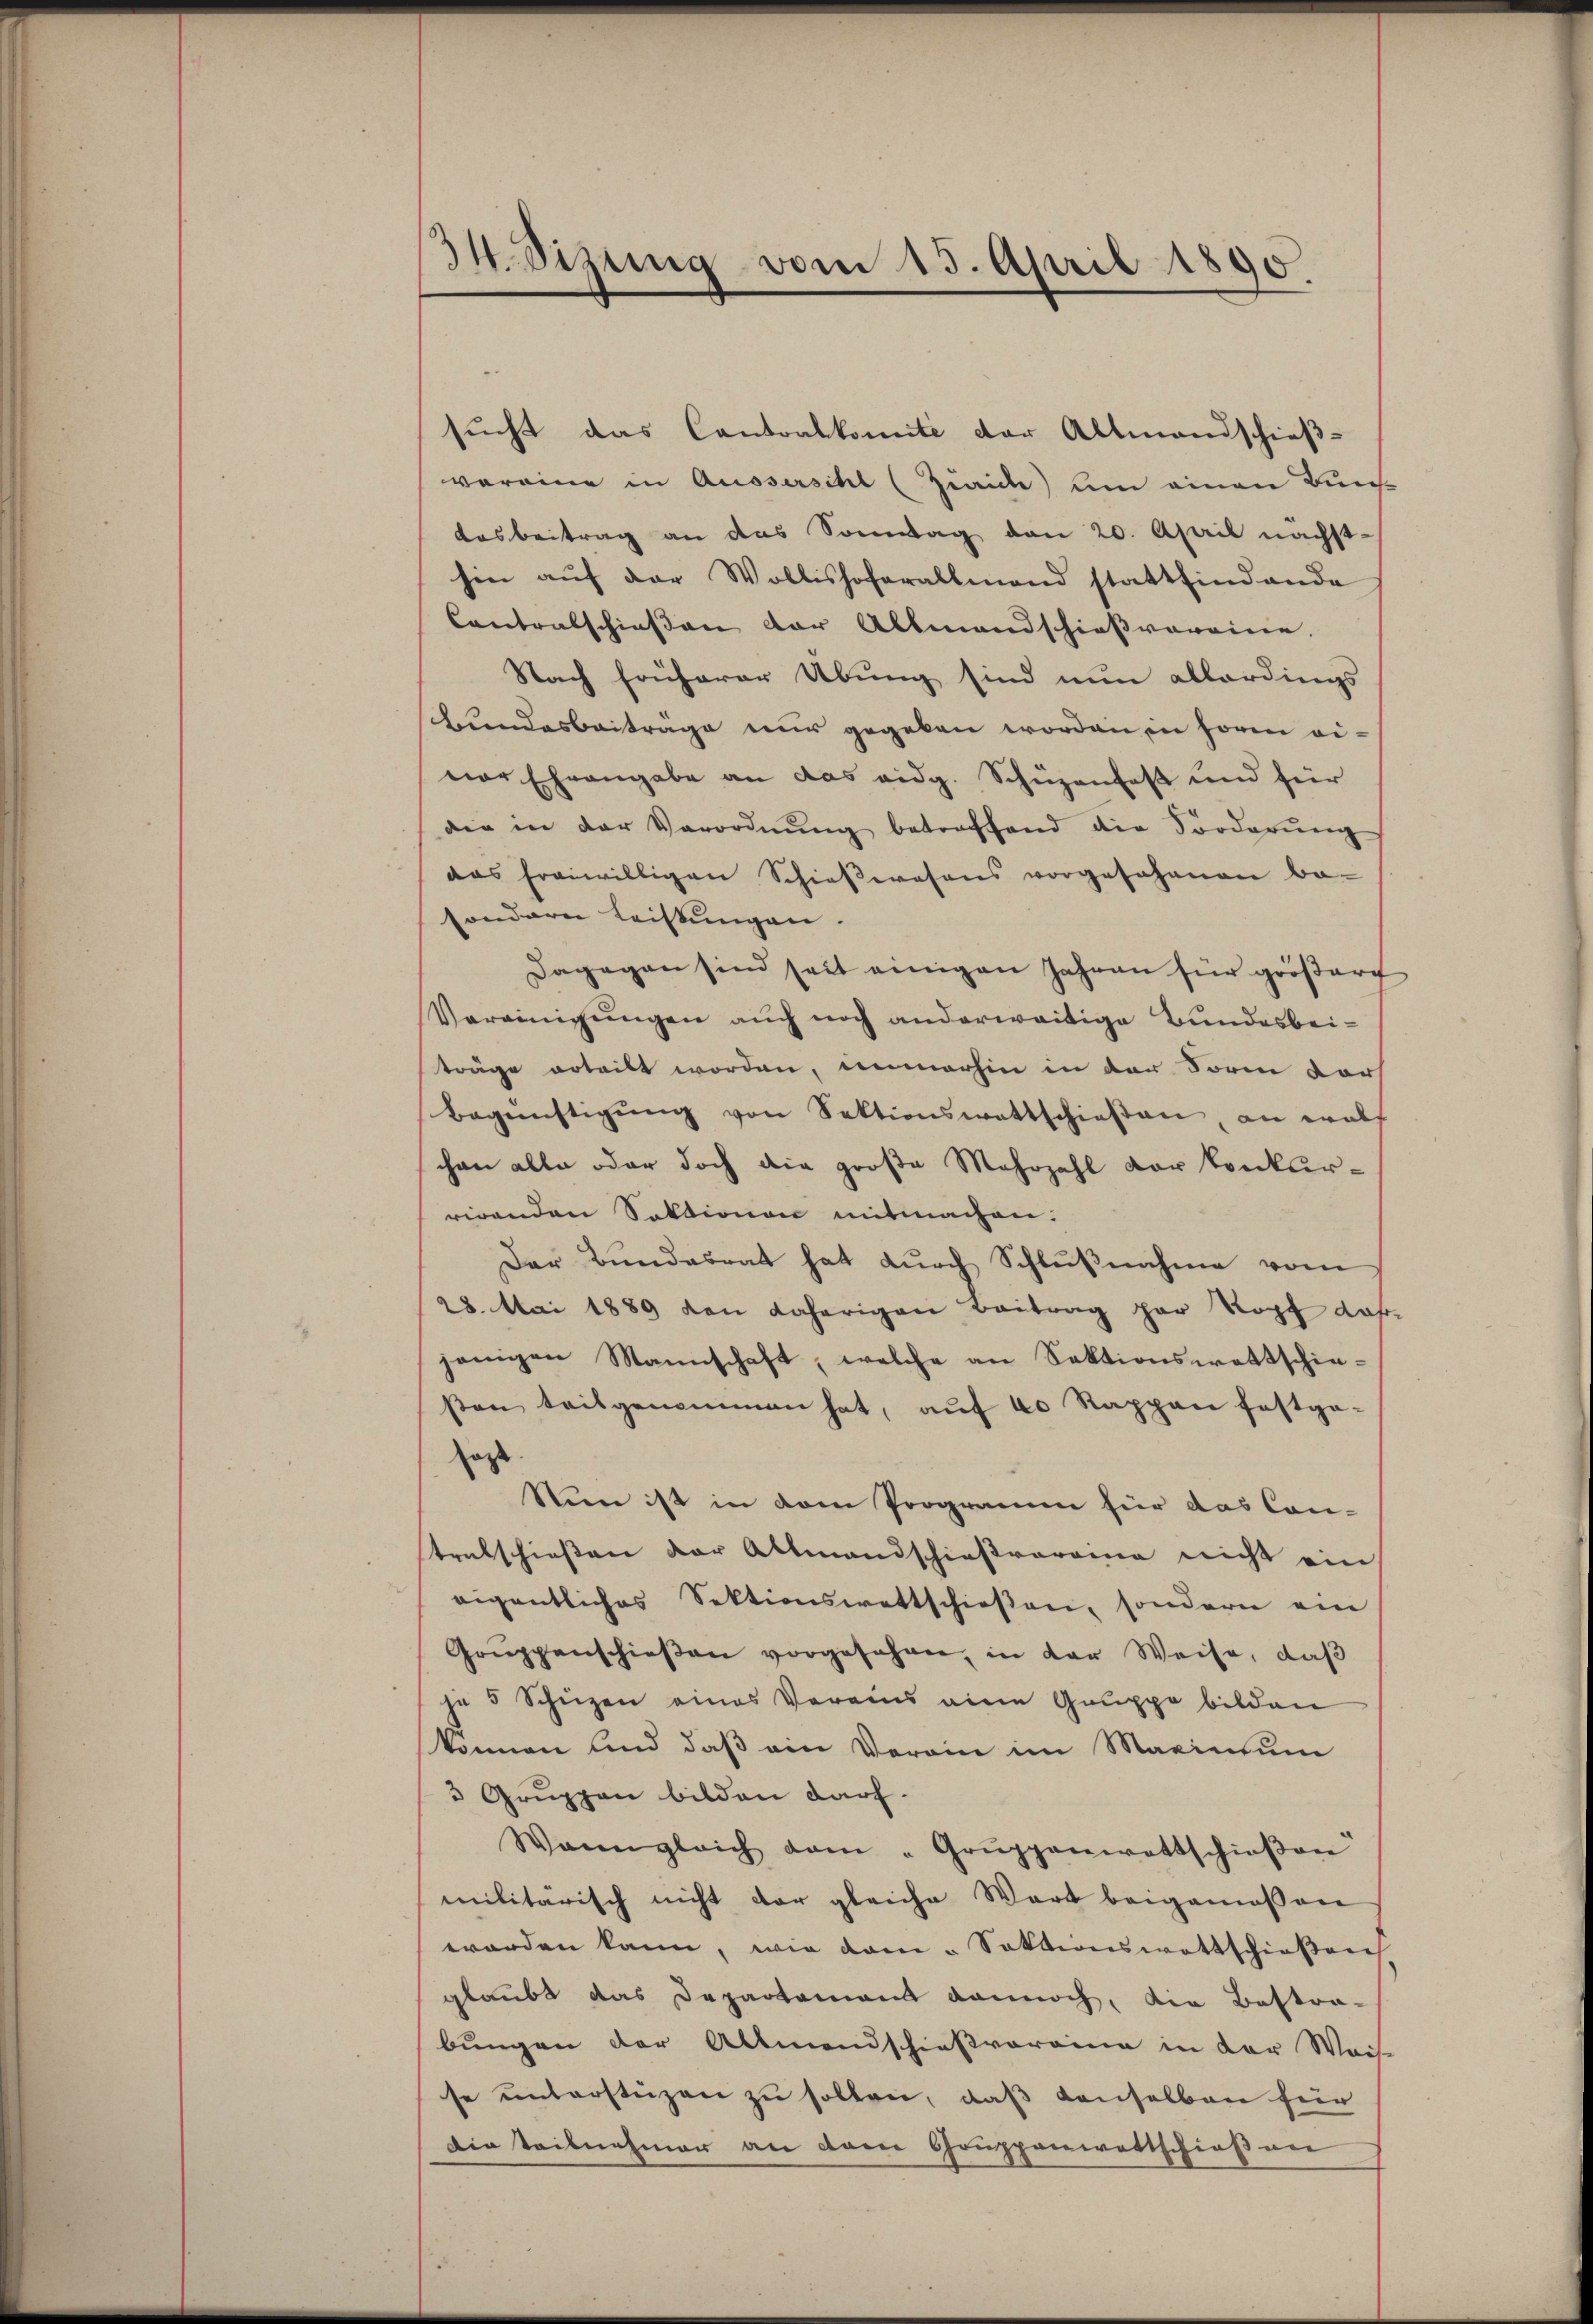
S.Sizung vom 15. April 1890.

sucht das Cantonskomite der Altmandschieß-
voreine in Aussersihl (Ziaich) um einen Bun-
Dosbeitrag an das Sonntag den 20. April nächst-
hin aŭf der Wollishoferallmand stattfindende
Contralschießen der Allmandschießvereine.
Nach früherer Übung sind nun allerdings
Bundesbeitrage nur gegeben worden in Form einer Ehrangabe an das eidg. Schüzenfes und für
die in der Verordnŭng betroffend die Forderŭng
das freiwilligen Schieβwesens vorgesehenen be-
sondern Leistungen.
Dagegen sind seit einigen Jahren für größert
Vereinigungen auch noch anderweitige Bundesbeiträge erteilt worden, immerhin in der Form vorh
Begünstigŭng von Sektionswottschieβen, an walt
chen alle oder doch die große Mehrzahl der konkurrirenden Sektionen mitmachen.
Der Bundesrat hat dŭrch Schlŭβnahme vom
28. Mai 1889 den daherigen Beitrag par Kopf dasjenigen Mannschaft, welche an Sektionswettschie-
βen teilgenommen hat, aŭf 20 Rappen festge-
agt
Nun ist in dem Programm für das Con-
tralschießen der Altmandschießvereine nicht ein
eigentliches Sektionswettschieβen, sondern ein
Grŭppenschieβen vorgesehen, in der Weise, daß
je 5 Schüzen eines Vereins eine Gruppe bilden
können und daß ein Verein im Maximum
3 Gruppen bilden darf.
Wann gleich dem "Grŭppenwettschieβen
militärisch nicht der gleiche Wort beigemessen
worden kann, wie kam - Sektionswottschießen
glaubt das Departement dannoch, die Bestra-
bungen der Altmandschießvereina in der Weis-
se unterstüzen zu sollen, daß denselben für
Die Teilnehmer an dem Gruppenwettschießner